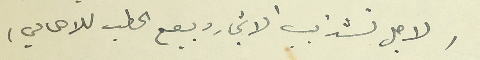
(لاجل تشذيب الاشجار وبيع الحطب للاهالي)